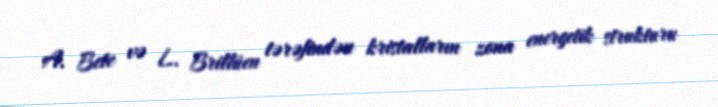
A. Bete və L. Brillüen tərəfindən kristalların zona energetik strukturu